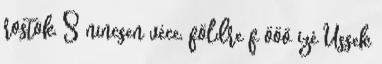
rostok, S nincsen véce, földre f ööö izé Üssek